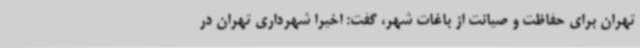
تهران برای حفاظت و صیانت از باغات شهر، گفت: اخیرا شهرداری تهران در